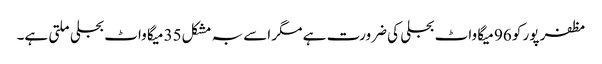
مظفر پور کو 96 میگا واٹ بجلی کی ضرورت ہے مگر اسے بہ مشکل35 میگا واٹ بجلی ملتی ہے۔